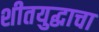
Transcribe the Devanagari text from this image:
शीतयुद्धाचा